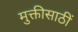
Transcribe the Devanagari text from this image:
मुक्तीसाठीं